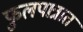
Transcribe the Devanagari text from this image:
फुलपात्रात